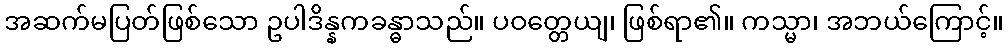
အဆက်မပြတ်ဖြစ်သော ဥပါဒိန္နကခန္ဓာသည်။ ပဝတ္တေယျ၊ ဖြစ်ရာ၏။ ကသ္မာ၊ အဘယ်ကြောင့်။